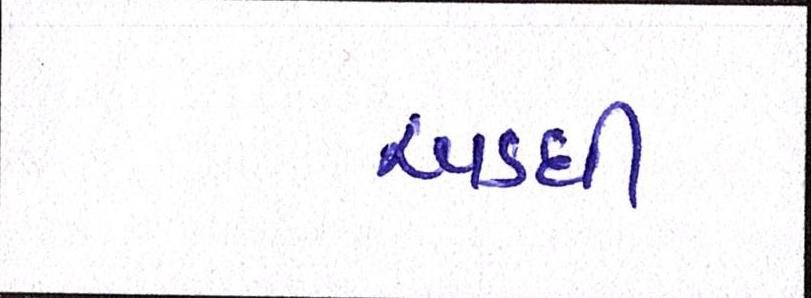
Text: અડધી